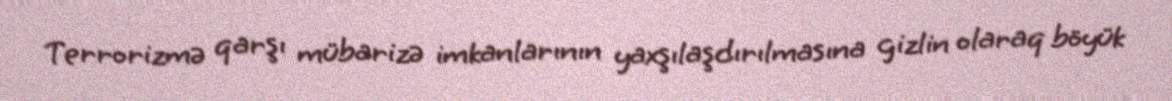
Terrorizmə qarşı mübarizə imkanlarının yaxşılaşdırılmasına gizlin olaraq böyük